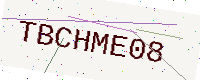
Text: TBCHME08